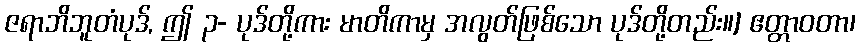
ဇရာဘိဘူတံပုဒ်, ဤ ၃- ပုဒ်တို့ကား မာတိကာမှ အလွတ်ဖြစ်သော ပုဒ်တို့တည်း။] ဧတ္တာဝတာ၊